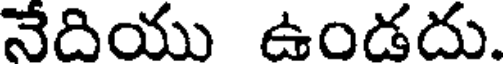
నేదియు ఉండదు.